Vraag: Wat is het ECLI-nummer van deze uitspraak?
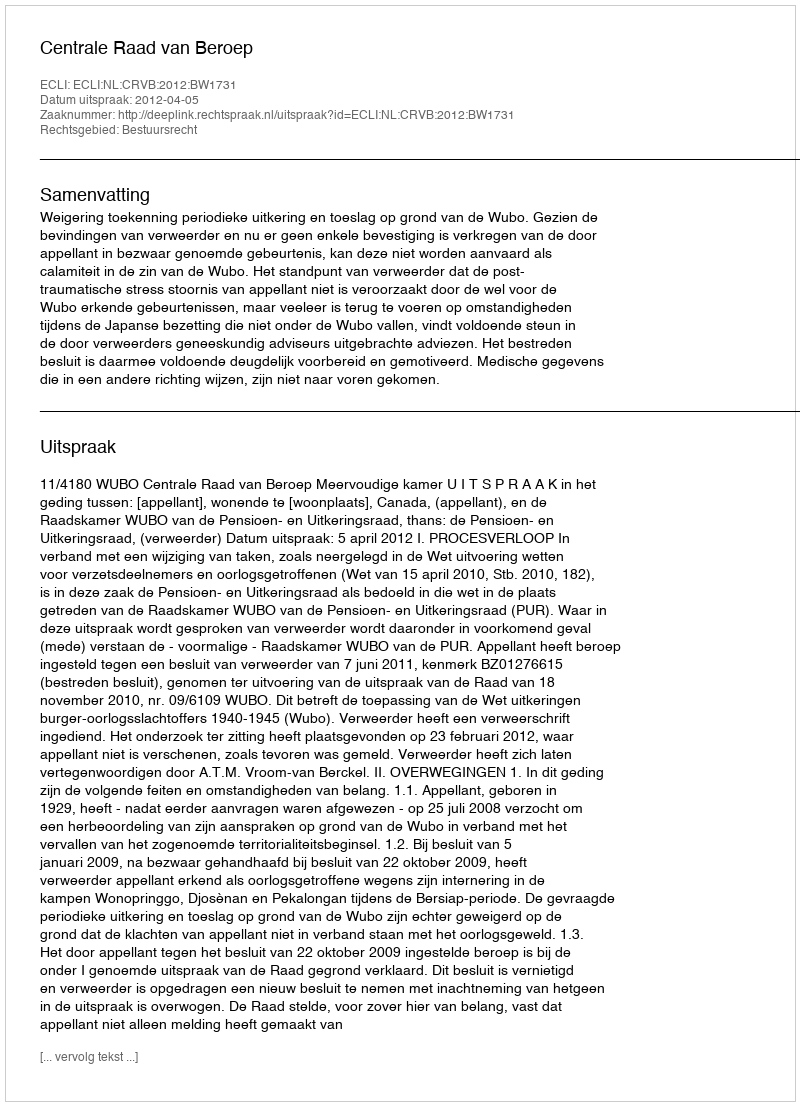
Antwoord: ECLI:NL:CRVB:2012:BW1731